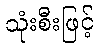
သုံးစီးဖြင့်